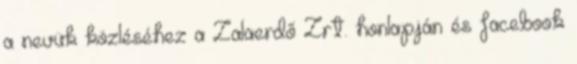
a nevük közléséhez a Zalaerdő Zrt. honlapján és facebook